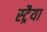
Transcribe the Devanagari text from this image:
स्ट्रैया